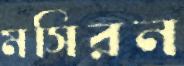
মসিরন